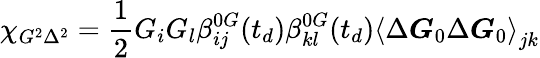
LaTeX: \chi_{G^{2}\Delta^{2}}=\frac{1}{2}G_{i}G_{l}\beta_{ij}^{0G}(t_{d})\beta_{kl}^{0G}(t_{d})\left\langle\Delta\boldsymbol{G}_{0}\Delta\boldsymbol{G}_{0}\right\rangle_{jk}